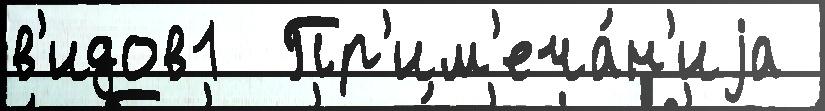
в'идов1  Пр'им'еча́н'иjа